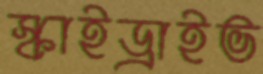
স্কাইড্রাইভ